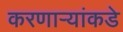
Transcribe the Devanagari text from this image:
करणाऱ्यांकडे